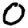
Digit: 0